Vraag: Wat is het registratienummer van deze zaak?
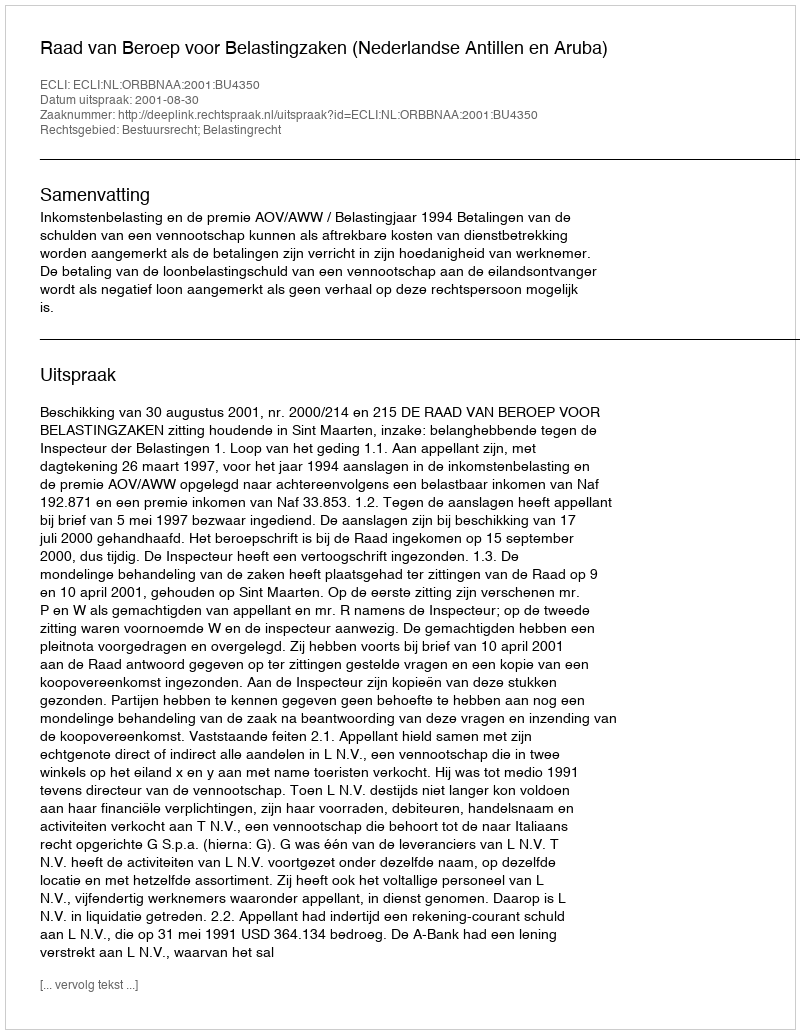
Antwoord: http://deeplink.rechtspraak.nl/uitspraak?id=ECLI:NL:ORBBNAA:2001:BU4350